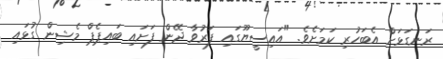
ރަނގަޅަށް އެބަހުރި ކަމަށެވެ. "އައިސީޔޫގައި ފަރުވާ ދޭން ފަށައި ބައިޕެޕް މެޝިން ގުޅައި